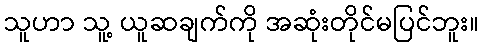
သူဟာ သူ့ ယူဆချက်ကို အဆုံးတိုင်မပြင်ဘူး။